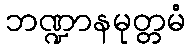
ဘဏ္ဍာနမုတ္တမံ